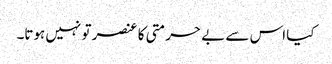
کیا اس سے بے حرمتی کا عنصر تو نہیں ہوتا۔